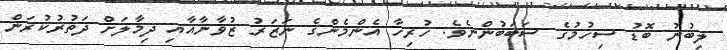
ލިބުނު ބޮޑު ސިހުމުގެ ސަބަބުންނެވެ. ހުރިހާ އެންމެންގެ ނަޒަރު ޒުވާނާއާއި ދިމާލަށް ދަތުރުކުރަން